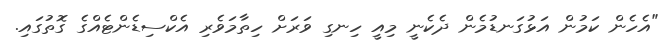
"އެހެން ކަމުން އަޅުގަނޑުމެން ދެކެނީ މިއީ ހިނގި ވަރަށް ހިތާމަވެރި އެކްސިޑެންޓެއްގެ ގޮތުގައި.